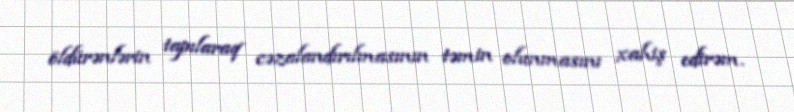
öldürənlərin tapılaraq cəzalandırılmasının təmin olunmasını xahiş edirəm.